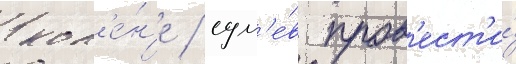
кол'е́н'е / сум'е́в пров'ест'и́